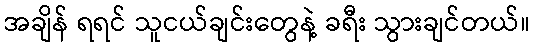
အချိန် ရရင် သူငယ်ချင်းတွေနဲ့ ခရီး သွားချင်တယ်။